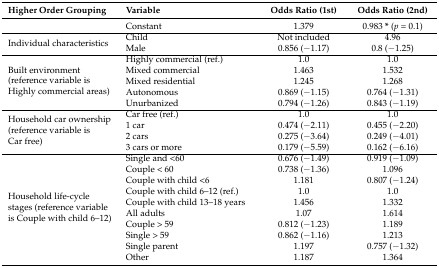
<table><thead><tr><td><b>Higher Order Grouping</b></td><td><b>Variable</b></td><td><b>Odds Ratio (1st)</b></td><td><b>Odds Ratio (2nd)</b></td></tr></thead><tbody><tr><td></td><td>Constant</td><td>1.379</td><td>0.983 <b>*</b> (<i>p</i> = 0.1)</td></tr><tr><td rowspan="2">Individual characteristics</td><td>Child</td><td>Not included</td><td>4.96</td></tr><tr><td>Male</td><td>0.856 (−1.17)</td><td>0.8 (−1.25)</td></tr><tr><td rowspan="5">Built environment (reference variable is Highly commercial areas)</td><td>Highly commercial (ref.)</td><td>1.0</td><td>1.0</td></tr><tr><td>Mixed commercial</td><td>1.463</td><td>1.532</td></tr><tr><td>Mixed residential</td><td>1.245</td><td>1.268</td></tr><tr><td>Autonomous</td><td>0.869 (−1.15)</td><td>0.764 (−1.31)</td></tr><tr><td>Unurbanized</td><td>0.794 (−1.26)</td><td>0.843 (−1.19)</td></tr><tr><td rowspan="4">Household car ownership (reference variable is Car free)</td><td>Car free (ref.)</td><td>1.0</td><td>1.0</td></tr><tr><td>1 car</td><td>0.474 (−2.11)</td><td>0.455 (−2.20)</td></tr><tr><td>2 cars</td><td>0.275 (−3.64)</td><td>0.249 (−4.01)</td></tr><tr><td>3 cars or more</td><td>0.179 (−5.59)</td><td>0.162 (−6.16)</td></tr><tr><td rowspan="10">Household life-cycle stages (reference variable is Couple with child 6–12)</td><td>Single and &lt;60</td><td>0.676 (−1.49)</td><td>0.919 (−1.09)</td></tr><tr><td>Couple &lt; 60</td><td>0.738 (−1.36)</td><td>1.096</td></tr><tr><td>Couple with child &lt;6</td><td>1.181</td><td>0.807 (−1.24)</td></tr><tr><td>Couple with child 6–12 (ref.)</td><td>1.0</td><td>1.0</td></tr><tr><td>Couple with child 13–18 years</td><td>1.456</td><td>1.332</td></tr><tr><td>All adults</td><td>1.07</td><td>1.614</td></tr><tr><td>Couple &gt; 59</td><td>0.812 (−1.23)</td><td>1.189</td></tr><tr><td>Single &gt; 59</td><td>0.862 (−1.16)</td><td>1.213</td></tr><tr><td>Single parent</td><td>1.197</td><td>0.757 (−1.32)</td></tr><tr><td>Other</td><td>1.187</td><td>1.364</td></tr></tbody></table>